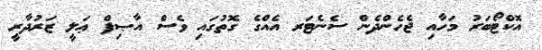
އޮކްޓޯބަރު މަހާއި ޖެހެންދެން ސެނެޓަރ އެއްގެ ގޮތުގައި ވެސް އާޞިފް ޢަލީ ޒަރުދާރީ